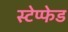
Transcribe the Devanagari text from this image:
स्टेप्फेड